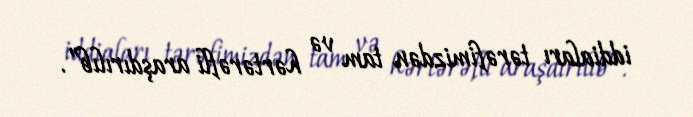
iddiaları tərəfimizdən tam və hərtərəfli araşdırılıb”.